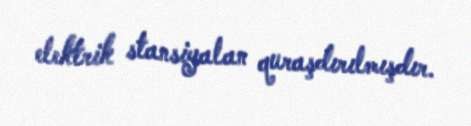
elektrik stansiyalan quraşdırılmışdır.